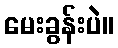
မေးခွန်းပဲ။